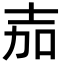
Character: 𭐒